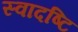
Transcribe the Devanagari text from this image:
स्वादष्टि